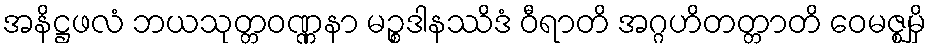
အနိဋ္ဌဖလံ ဘယသုတ္တဝဏ္ဏနာ မဉ္စဒါနဿိဒံ ဝီရာတိ အဂ္ဂဟိတတ္တာတိ ဝေမဇ္ဈမှိ